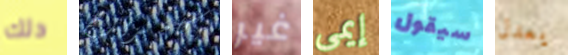
دلك كامبريدج غير إيمى سيقول يعدل